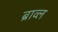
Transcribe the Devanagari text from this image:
ब्राव्ल